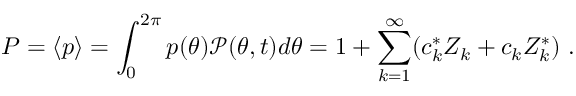
P = \langle p \rangle = \int _ { 0 } ^ { 2 \pi } p ( \theta ) \mathcal P ( \theta , t ) d \theta = 1 + \sum _ { k = 1 } ^ { \infty } ( c _ { k } ^ { * } Z _ { k } + c _ { k } Z _ { k } ^ { * } ) \ .